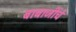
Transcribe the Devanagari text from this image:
बाबाजींचे